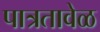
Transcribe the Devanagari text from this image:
पात्रतावेळ